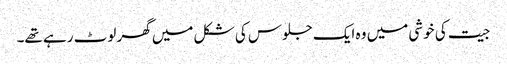
جیت کی خوشی میں وہ ایک جلوس کی شکل میں گھر لوٹ رہے تھے۔